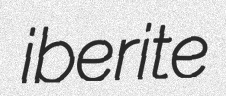
iberite